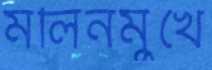
মলিনমুখে